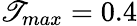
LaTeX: \mathscr{T}_{max}=0.4